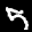
Label: 5